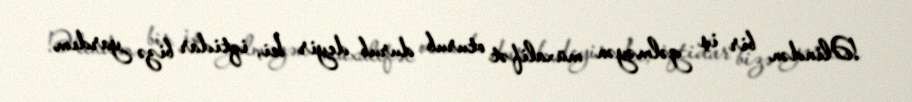
!Əlindən bir iş gəlməyən müxalifət oturub durub deyir ki, iqtidar bizə yardım